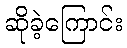
ဆိုခဲ့ကြောင်း